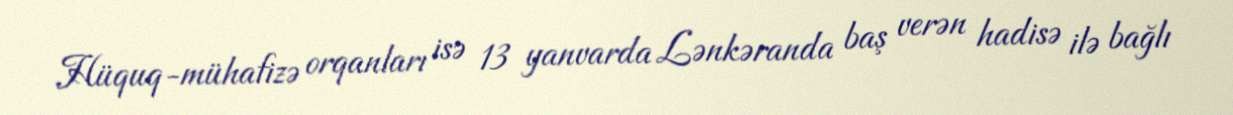
Hüquq-mühafizə orqanları isə 13 yanvarda Lənkəranda baş verən hadisə ilə bağlı